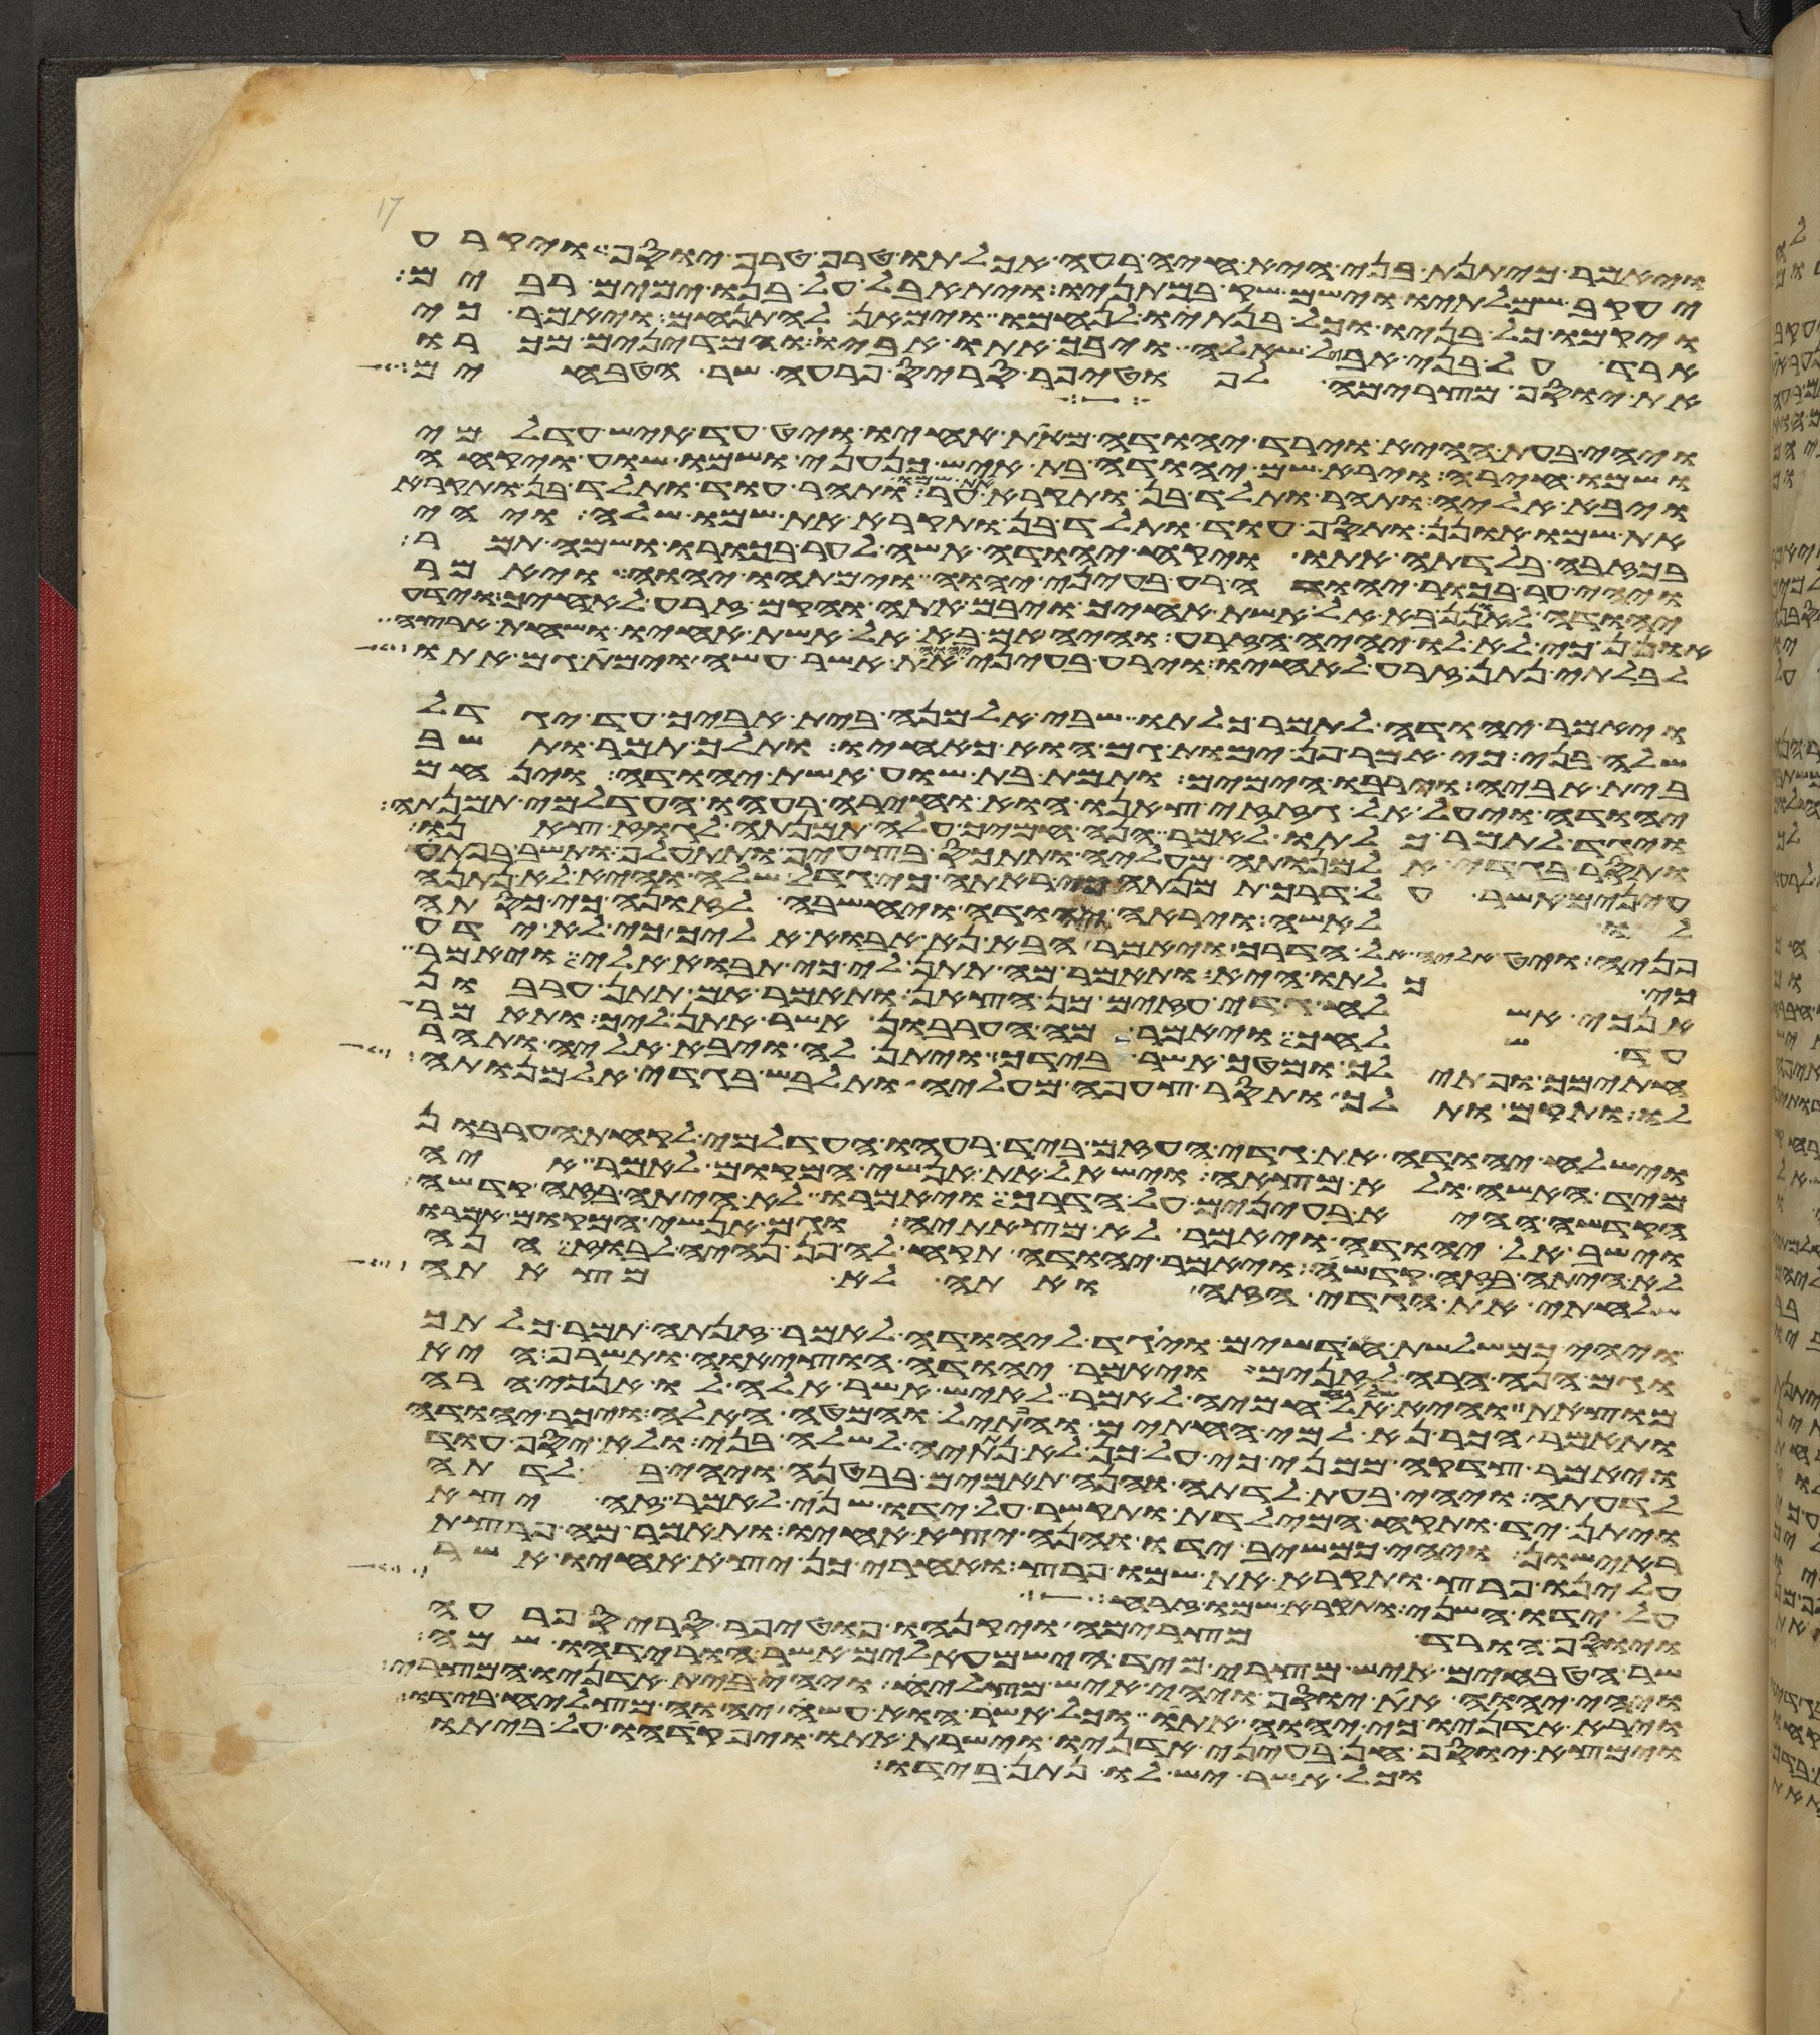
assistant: ויאמר כיתנת בני היא חיה רעה אכלתו טרף טרף יוסף ויקרע
יעקב שמלתיו וישם שק במתניו ויתאבל על בנו ימים רבים
ויקמו כל בניו וכל בנתיו לנחמו וימאן להתנחם ויאמר כי
ארד על בני אבל שאלה ויבך אתו אביו והמדינים מכרו
את יוסף מצרימה לפוטיפר סריס פרעה שר הטבחים
ויהי בעת ההיא וירד יהודה מאת אחיו ויט עד איש עדלמי
ושמו חירה וירא שם יהודה בת איש כנעני ושמו שוע ויקחה
ויבא אליה ותהר ותלד בן ותקרא את שמו ער ותהר עוד ותלד בן ותקרא
את שמו אונן ותסף עוד ותלד בן ותקרא את שמו שלה ויהי
בכזבה בלדתה אתו ויקח יהודה אשה לער בכורו ושמה תמר
ויהי ער בכור יהודה רע בעיני יהוה וימתהו יהוה ויאמר
יהודה לאונן בא אל אשת אחיך ויבם אתה והקם זרע לאחיך וידע
אונן כי לא לו יהיה הזרע והיה אם בא אל אשת אחיו ושחת ארצה
לבלתי נתן זרע לאחיו וירע בעיני יהוה את אשר עשה וימת גם אתו
ויאמר יהודה לתמר כלתו שבי אלמנה בית אביך עד יגדל
שלה בני כי אמר פן ימות גם הוא כאחיו ותלך תמר ותשב
בית אביה וירבו הימים ותמת בת שוע אשת יהודה וינחם
יהודה ויעל אל גזזי צאנו הוא וחירה רעהו העדלמי תמנתה
ויגד לתמר כלתו לאמר הנה חמיך עלה תמנתה לגוז צאנו
ותסר בגדי אלמנותה מעליה ותתכס בצעיף ותתעלף ותשב בפתע
עינים אשר על דרך תמנתה כי ראתה כי גדל שלה והיא לא נתנה
לו לאשה ויראה יהודה ויחשבה לזונה כי כסתה
פניה ויט אליה אל הדרך ויאמר הבא נא אבוא אליך כי לא ידע
כי כלתו היא ותאמר מה תתן לי כי תבוא אלי ויאמר
אנכי אשלח גדי עזים מן הצאן ותאמר אם תתן ערבון
עד שלחך ויאמר מה הערבון אשר אתן ליך ותאמר
חתימך ופתילך ומטך אשר בידך ויתן לה ויבא אליה ותהר
לו ותקם ותלך ותסר צעיפה מעליה ותלבש בגדי אלמנותה
וישלח יהודה את גדי העזים ביד רעהו העדלמי לקחת הערבון
מיד האשה ולא מצאה וישאל את אנשי המקום לאמר איה
הקדשה ההיא בעינים על הדרך ויאמרו לא היתה בזה קדשה
וישב אל יהודה ויאמר לא מצאתיה וגם אנשי המקום אמרו
לא היתה בזה קדשה ויאמר יהודה תקח לה פן נהיה לבוז הנה
שלחתי את הגדי הזה ואתה לא מצאתה
ויהי כמשלשת חדשים ויגד ליהודה לאמר זנתה תמר כלתך
וגם הנה הרה לזנים ויאמר יהודה הוציאה ותשרף היא
מוצאת והיא שלחה אל חמיה לאמר לאיש אשר אלה לו אנכי הרה
ותאמר הכר נא למי החתים והפתיל והמטה האלה ויכר יהודה
ויאמר צדקה ממני כי על כן לא נתתיה לשלה בני ולא יסף עוד
לדעתה ויהי בעת לדתה והנה תאמים בבטנה ויהי בלדתה
ויתן יד ותקח המילדת ותקשר על ידו שני לאמר זה יצא
ראישון ויהי כמשיב ידו והנה יצא אחיו ותאמר מה פרצת
עלינו פרץ ותקרא את שמו פרץ ואחרי כן יצא אחיו אשר
על ידו השני ותקרא שמו זרח
ויוסף הורד מצרימה ויקנהו פוטיפר סריס פרעה
שר הטבחים איש מצרי מיד הישמעאלים אשר הורידהו שמה
ויהי יהוה את יוסף ויהי איש מצליח ויהי בית אדניו המצרי
וירא אדניו כי יהוה אתו וכל אשר הוא עשה יהוה מצליח בידו
וימצא יוסף חן בעיני אדניו וישרת אתו ויפקדהו על ביתו
וכל אשר יש לו נתן בידו